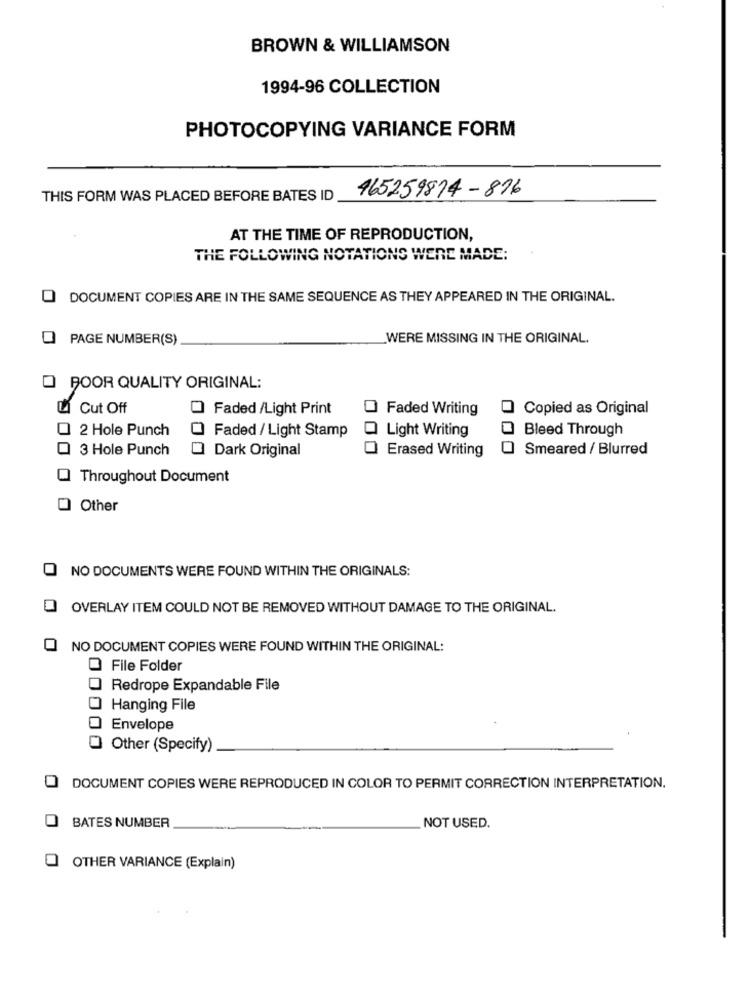
BROWN & WILLIAMSON
1994-96 COLLECTION
PHOTOCOPYING VARIANCE FORM
465259814-816
THIS FORM WAS PLACED BEFORE BATES ID
AT THE TIME OF REPRODUCTION,
THE FOLLOWING NOTATIONS WERE MADE:
0
DOCUMENT COPIES ARE IN THE SAME SEQUENCE AS THEY APPEARED IN THE ORIGINAL.
PAGE NUMBER(S)
WERE MISSING IN THE ORIGINAL.
POOR QUALITY ORIGINAL:
Cut Off
O Faded /Light Print
Faded Writing
Copied as Original
2 Hole Punch
Light Writing
Bleed Through
Faded / Light Stamp
3 Hole Punch
Dark Original
Erased Writing
Smeared / Blurred
Throughout Document
Other
NO DOCUMENTS WERE FOUND WITHIN THE ORIGINALS:
OVERLAY ITEM COULD NOT BE REMOVED WITHOUT DAMAGE TO THE ORIGINAL.
NO DOCUMENT COPIES WERE FOUND WITHIN THE ORIGINAL:
0 File Folder
Redrope Expandable File
Hanging File
Envelope
Other (Specify)
DOCUMENT COPIES WERE REPRODUCED IN COLOR TO PERMIT CORRECTION INTERPRETATION.
BATES NUMBER
NOT USED.
OTHER VARIANCE (Explain)